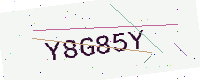
Text: Y8G85Y